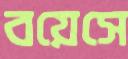
বয়েসে